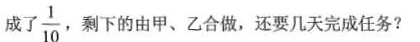
成了\frac{1}{10}，剩下的由甲、乙合做，还要几天完成任务?